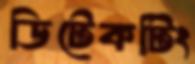
ডিটেকটিং